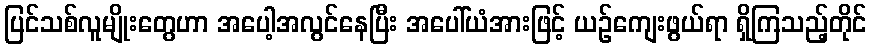
ပြင်သစ်လူမျိုးတွေဟာ အပေါ့အလွင်နေပြီး အပေါ်ယံအားဖြင့် ယဉ်ကျေးဖွယ်ရာ ရှိကြသည့်တိုင်